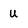
Character: u